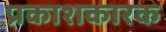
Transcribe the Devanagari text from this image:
प्रकाशकारक